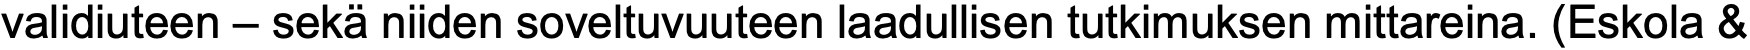
validiuteen – sekä niiden soveltuvuuteen laadullisen tutkimuksen mittareina. (Eskola &